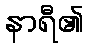
နာရီ၏